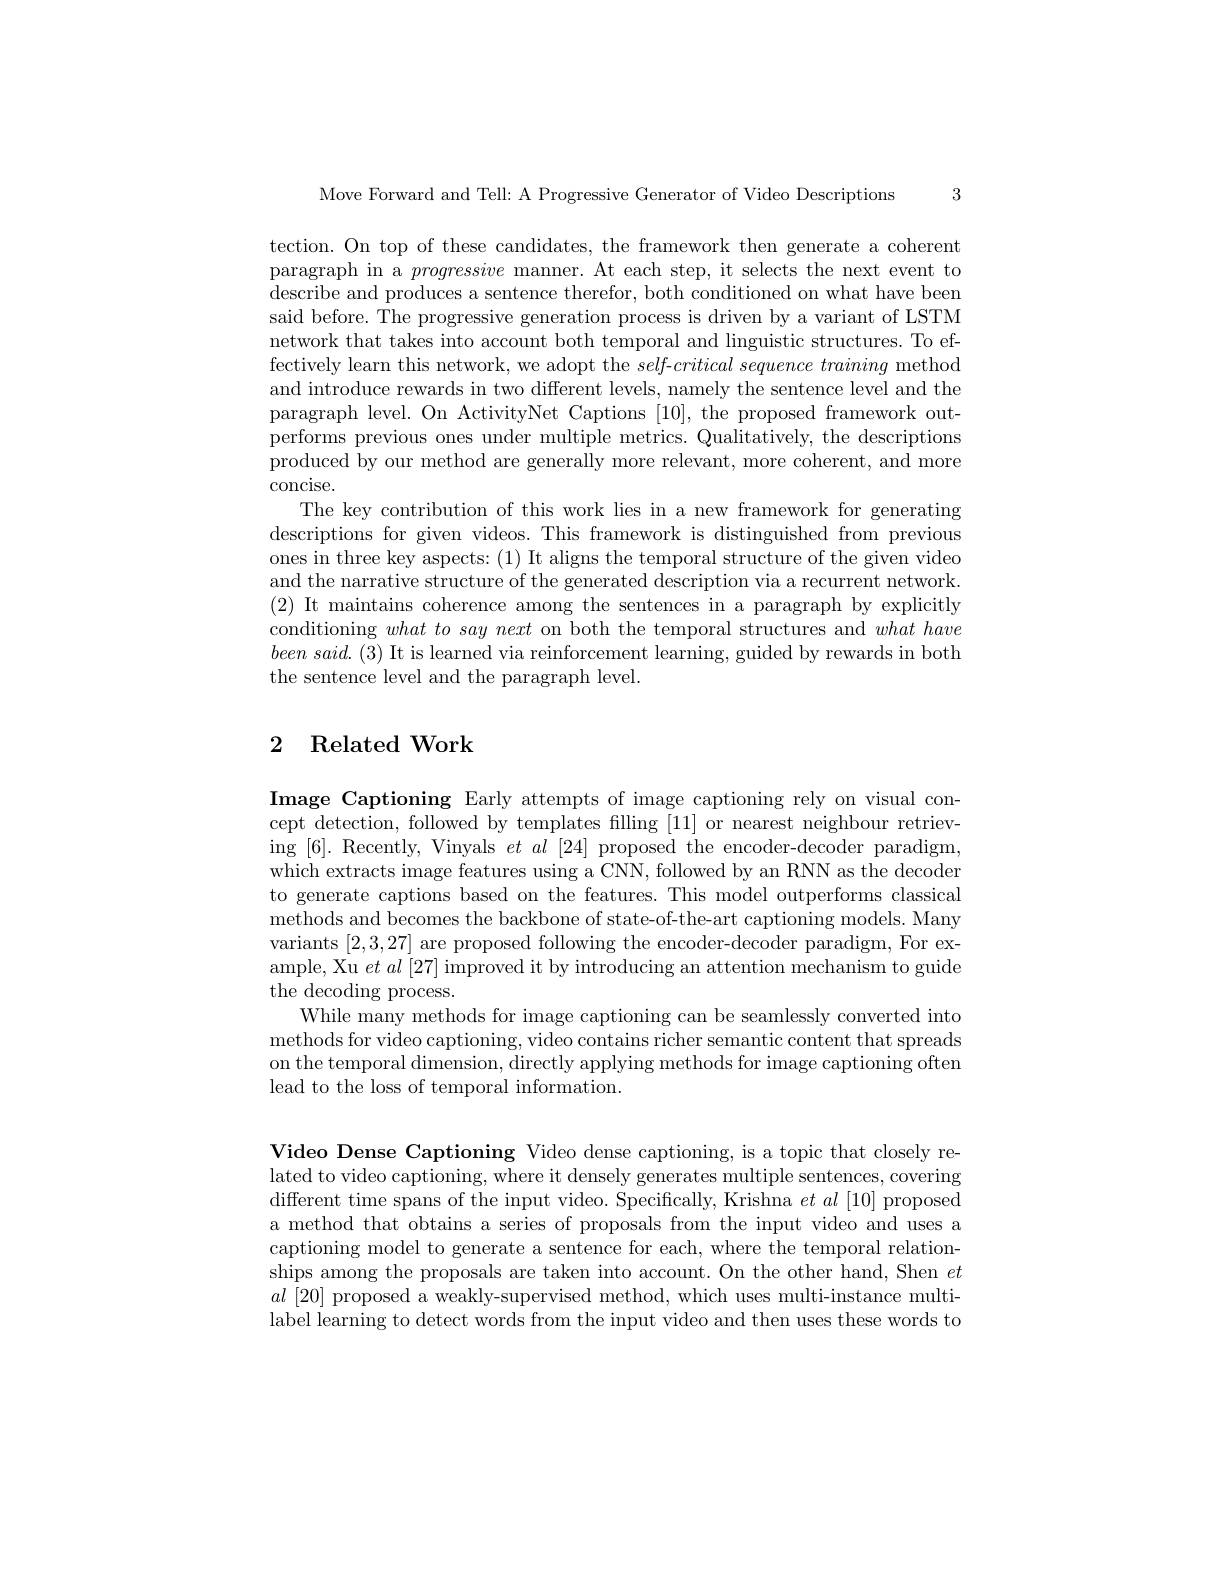
3

Move Forward and Tell: A Progressive Generator of Video Descriptions

tection. On top of these candidates, the framework then generate a coherent paragraph in a progressive manner. At each step, it selects the next event to describe and produces a sentence therefor, both conditioned on what have been said before. The progressive generation process is driven by a variant of LSTM network that takes into account both temporal and linguistic structures. To effectively learn this network, we adopt the $self- critical\textit{ sequence training method}$ and introduce rewards in two different levels, namely the sentence level and the paragraph level. On ActivityNet Captions [10], the proposed framework outperforms previous ones under multiple metrics. Qualitatively, the descriptions produced by our method are generally more relevant, more coherent, and more concise.
The key contribution of this work lies in a new framework for generating descriptions for given videos. This framework is distinguished from previous ones in three key aspects: (1) It aligns the temporal structure of the given video and the narrative structure of the generated description via a recurrent network (2) It maintains coherence among the sentences in a paragraph by explicitly conditioning what to $say\textit{next on both the temporal structures and }what\textit{have}$ $been\textit{ said. ( 3) It is learned via reinforcement learning, guided by rewards in both}$ the sentence level and the paragraph level.

## 2 Related Work

Image Captioning Early attempts of image captioning rely on visual concept detection, followed by templates filling [11] or nearest neighbour retrieving [6]. Recently, Vinyals $et\textit{al}[ 24]$ proposed the encoder-decoder paradigm, which extracts image features using a CNN, followed by an RNN as the decoder to generate captions based on the features. This model outperforms classical methods and becomes the backbone of state-of-the-art captioning models. Many variants [2,3,27] are proposed following the encoder-decoder paradigm, For example, Xu $et\textit{al [ 27] improved it by introducing an attention mechanism to guide}$ the decoding process.
While many methods for image captioning can be seamlessly converted into methods for video captioning, video contains richer semantic content that spreads on the temporal dimension, directly applying methods for image captioning often lead to the loss of temporal information.

Video Dense Captioning Video dense captioning, is a topic that closely related to video captioning, where it densely generates multiple sentences, covering different time spans of the input video. Specifically, Krishna $et\textit{al}[ 10]$ proposed a method that obtains a series of proposals from the input video and uses a captioning model to generate a sentence for each, where the temporal relationships among the proposals are taken into account. On the other hand, Shen $et$ $al$ [20] proposed a weakly-supervised method, which uses multi-instance multilabel learning to detect words from the input video and then uses these words to